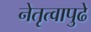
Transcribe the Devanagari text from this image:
नेतृत्वापुढे